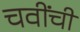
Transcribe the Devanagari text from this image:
चवींची